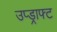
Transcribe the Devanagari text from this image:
उप्ड्राफ्ट